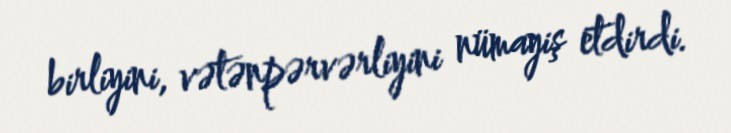
birliyini, vətənpərvərliyini nümayiş etdirdi.